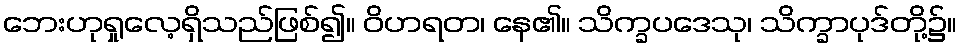
ဘေးဟုရှုလေ့ရှိသည်ဖြစ်၍။ ဝိဟရတ၊ နေ၏။ သိက္ခပဒေသု၊ သိက္ခာပုဒ်တို့၌။